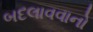
બદલાવવાનો